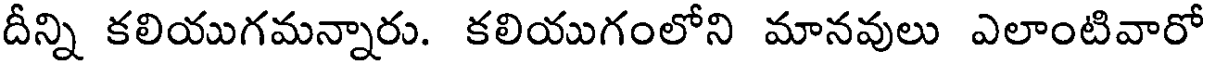
దీన్ని కలియుగమన్నారు. కలియుగంలోని మానవులు ఎలాంటివారో